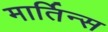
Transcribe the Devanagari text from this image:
मार्तिन्स